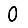
Digit: 0